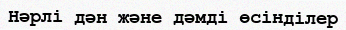
Нәрлі дән және дәмді өсінділер